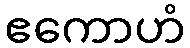
ဧကောဟံ